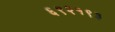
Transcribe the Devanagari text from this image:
६९२१९३